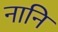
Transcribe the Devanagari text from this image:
नानि